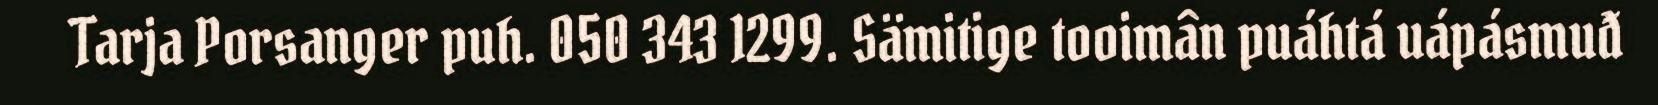
Tarja Porsanger puh. 050 343 1299. Sämitige tooimân puáhtá uápásmuđ